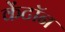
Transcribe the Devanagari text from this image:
केंटॉन